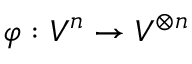
\varphi : V ^ { n } \to V ^ { \otimes n }